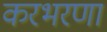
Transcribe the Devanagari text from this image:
करभरणा